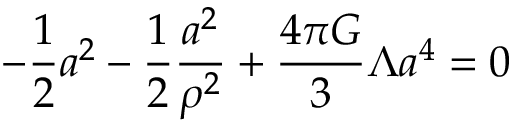
- { \frac { 1 } { 2 } } a ^ { 2 } - { \frac { 1 } { 2 } } { \frac { a ^ { 2 } } { \rho ^ { 2 } } } + { \frac { 4 \pi G } { 3 } } \Lambda a ^ { 4 } = 0